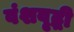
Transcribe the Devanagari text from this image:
वंशवृद्धी